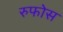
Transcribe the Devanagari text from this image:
रुफोस